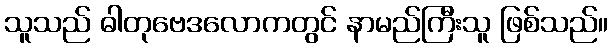
သူသည် ဓါတုဗေဒလောကတွင် နာမည်ကြီးသူ ဖြစ်သည်။